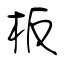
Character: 板